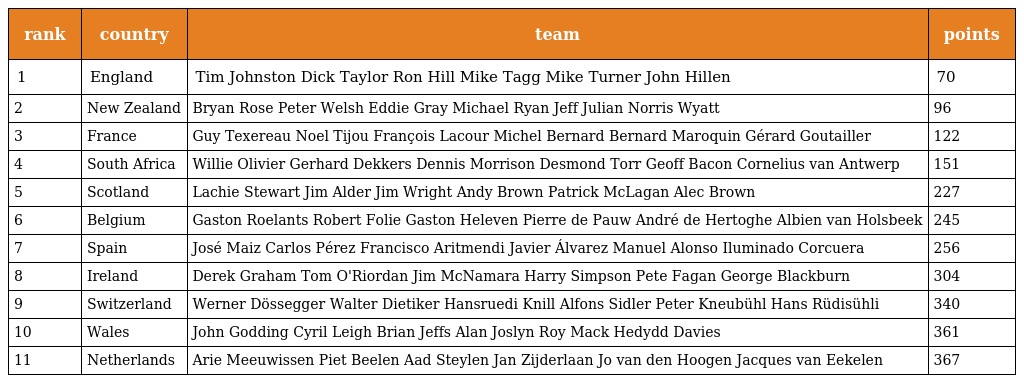
| rank | country | team | points |
 | --- | --- | --- | --- |
 | 1 | England | Tim Johnston Dick Taylor Ron Hill Mike Tagg Mike Turner John Hillen | 70 |
 | 2 | New Zealand | Bryan Rose Peter Welsh Eddie Gray Michael Ryan Jeff Julian Norris Wyatt | 96 |
 | 3 | France | Guy Texereau Noel Tijou François Lacour Michel Bernard Bernard Maroquin Gérard Goutailler | 122 |
 | 4 | South Africa | Willie Olivier Gerhard Dekkers Dennis Morrison Desmond Torr Geoff Bacon Cornelius van Antwerp | 151 |
 | 5 | Scotland | Lachie Stewart Jim Alder Jim Wright Andy Brown Patrick McLagan Alec Brown | 227 |
 | 6 | Belgium | Gaston Roelants Robert Folie Gaston Heleven Pierre de Pauw André de Hertoghe Albien van Holsbeek | 245 |
 | 7 | Spain | José Maiz Carlos Pérez Francisco Aritmendi Javier Álvarez Manuel Alonso Iluminado Corcuera | 256 |
 | 8 | Ireland | Derek Graham Tom O'Riordan Jim McNamara Harry Simpson Pete Fagan George Blackburn | 304 |
 | 9 | Switzerland | Werner Dössegger Walter Dietiker Hansruedi Knill Alfons Sidler Peter Kneubühl Hans Rüdisühli | 340 |
 | 10 | Wales | John Godding Cyril Leigh Brian Jeffs Alan Joslyn Roy Mack Hedydd Davies | 361 |
 | 11 | Netherlands | Arie Meeuwissen Piet Beelen Aad Steylen Jan Zijderlaan Jo van den Hoogen Jacques van Eekelen | 367 |